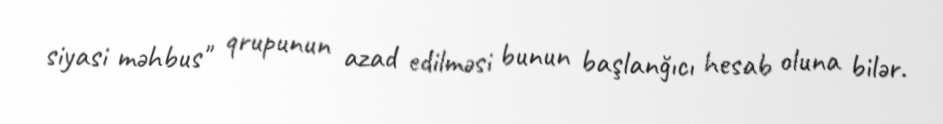
siyasi məhbus" qrupunun azad edilməsi bunun başlanğıcı hesab oluna bilər.